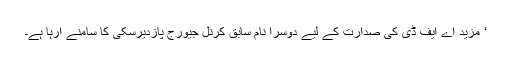
‘ مزید اے ایف ڈی کی صدارت کے لیے دوسرا نام سابق کرنل جیورج پازدیرسکی کا سامنے آرہا ہے۔